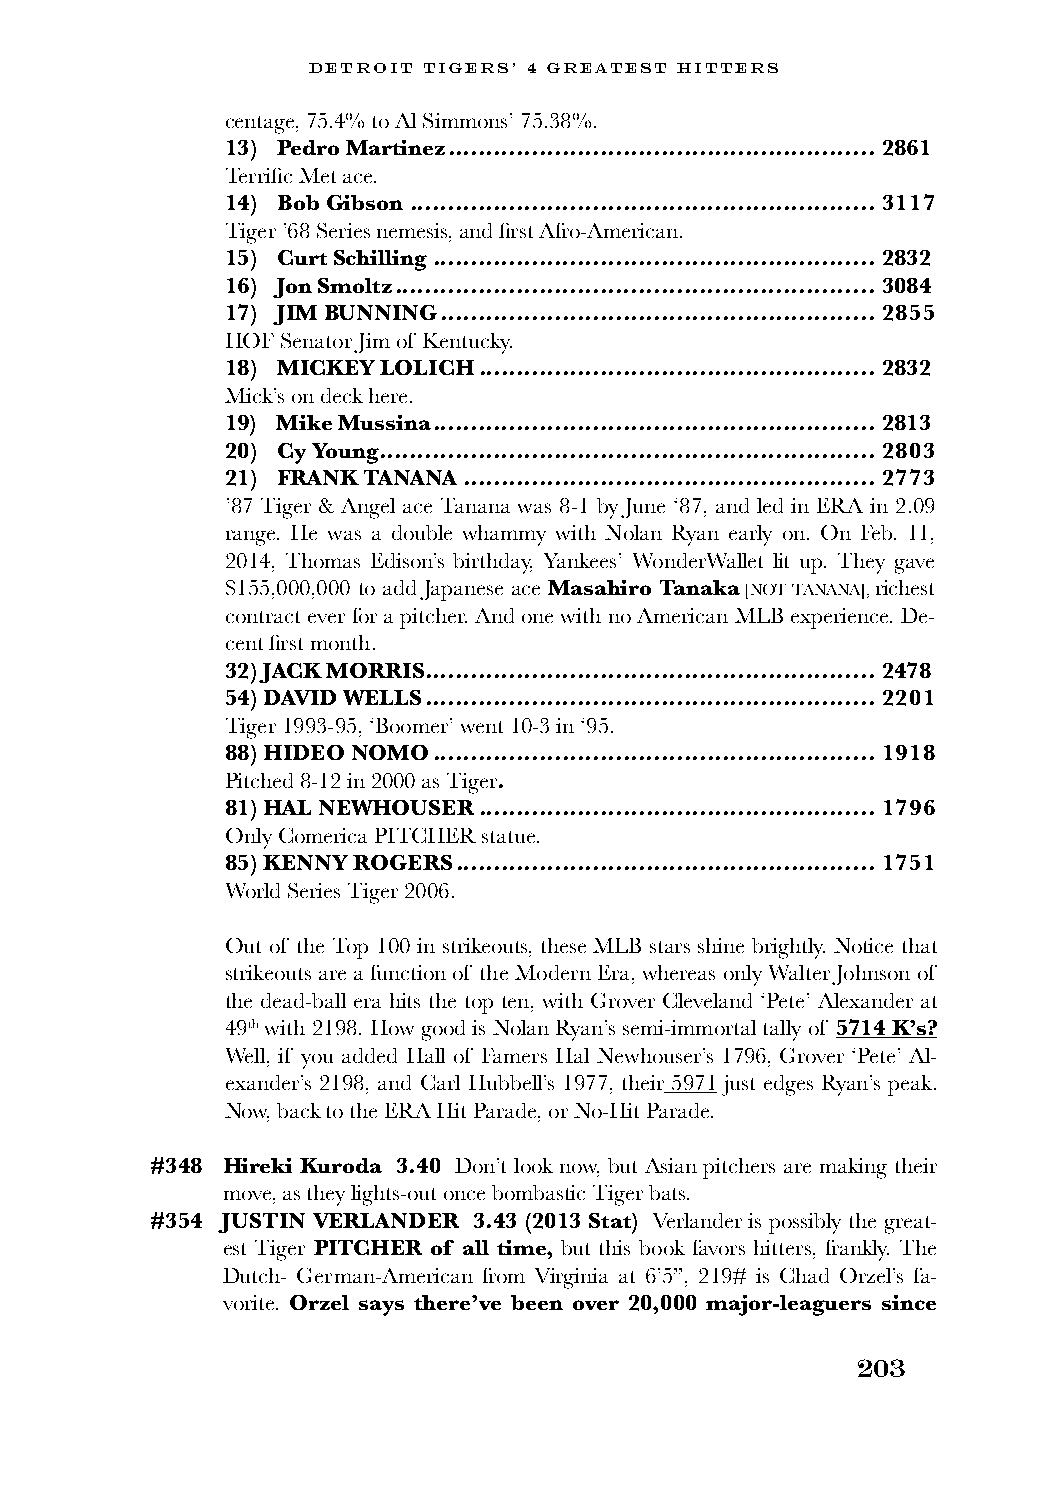
DETROIT TIGERS’ 4 GREATEST HITTERS
 centage, 75.4% to Al Simmons’ 75.38%.
 13) Pedro Martinez ........................................................2861
 Terrific Met ace.
 14) Bob Gibson ............................................................. 3117
 Tiger ’68 Series nemesis, and first Afro-American.
 15) Curt Schilling ..........................................................2832
 16) Jon Smoltz ............................................................... 3084
 17) JIM BUNNING .........................................................2855
 HOF Senator Jim of Kentucky.
 18) MICKEY LOLICH ....................................................2832
 Mick’s on deck here.
 19) Mike Mussina ..........................................................2813
 20) Cy Young ................................................................. 2803
 21) FRANK TANANA ......................................................2773
 ’87 Tiger & Angel ace Tanana was 8-1 by June ‘87, and led in ERA in 2.09
 range. He was a double whammy with Nolan Ryan early on. On Feb. 11,
 2014, Thomas Edison’s birthday, Yankees’ WonderWallet lit up. They gave
 $155,000,000 to add Japanese ace Masahiro Tanaka [NOT TANANA], richest
 contract ever for a pitcher. And one with no American MLB experience. De-
 cent first month.
 32) JACK MORRIS ...........................................................2478
 54) DAVID WELLS ...........................................................2201
 Tiger 1993-95, ‘Boomer’ went 10-3 in ‘95.
 88) HIDEO NOMO ..........................................................1918
 Pitched 8-12 in 2000 as Tiger.
 81) HAL NEWHOUSER ....................................................1796
 Only Comerica PITCHER statue.
 85) KENNY ROGERS .......................................................1751
 World Series Tiger 2006.
 Out of the Top 100 in strikeouts, these MLB stars shine brightly. Notice that
 strikeouts are a function of the Modern Era, whereas only Walter Johnson of
 the dead-ball era hits the top ten, with Grover Cleveland ‘Pete’ Alexander at
 49th with 2198. How good is Nolan Ryan’s semi-immortal tally of 5714 K’s?
 Well, if you added Hall of Famers Hal Newhouser’s 1796, Grover ‘Pete’ Al-
 exander’s 2198, and Carl Hubbell’s 1977, their 5971 just edges Ryan’s peak.
 Now, back to the ERA Hit Parade, or No-Hit Parade.
 #348 Hireki Kuroda 3.40 Don’t look now, but Asian pitchers are making their
 move, as they lights-out once bombastic Tiger bats.
 #354 JUSTIN VERLANDER 3.43 (2013 Stat) Verlander is possibly the great-
 est Tiger PITCHER of all time, but this book favors hitters, frankly. The
 Dutch- German-American from Virginia at 6’5”, 219# is Chad Orzel’s fa-
 vorite. Orzel says there’ve been over 20,000 major-leaguers since
 203